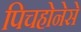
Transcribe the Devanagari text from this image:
पिचहोनेसे